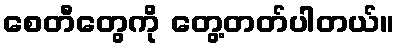
စေတီတွေကို တွေ့တတ်ပါတယ်။